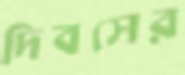
দিবসের